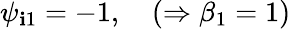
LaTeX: \psi_{\mathbf{i}1}=-1,\quad(\Rightarrow\beta_{1}=1)